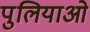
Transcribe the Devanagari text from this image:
पुलियाओं